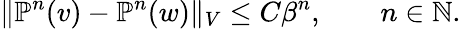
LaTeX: \Vert\mathbb{P}^{n}(v)-\mathbb{P}^{n}(w)\Vert_{V}\leq C\beta^{n},\qquad n\in\mathbb{N}.